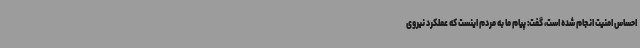
احساس امنیت انجام شده است، گفت: پیام ما به مردم اینست که عملکرد نیروی